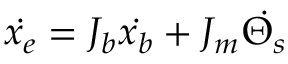
\centering \Dot { x _ { e } } = J _ { b } \Dot { x _ { b } } + J _ { m } \Dot { \Theta _ { s } } \centering